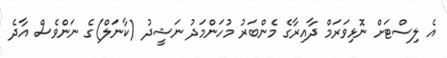
އެ ލިސްޓަށް ނޮޅިވަރަމް ދާއިރާގެ މެންބަރު މުހަންމަދު ނަޝީދު (ކާނަލް)ގެ ނަންވެސް އާދެ